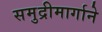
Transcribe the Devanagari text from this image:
समुद्रीमार्गाने